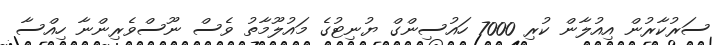
ސަރުކާރުން އިއުލާން ކުރި 7000 ހައުސިންގް ޔުނިޓުގެ މައުލޫމާތު ވެސް ނޫސްވެރިންނާ ހިއްސާ